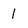
Character: 1